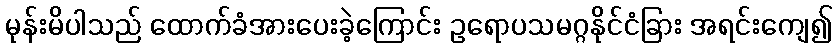
မုန်းမိပါသည် ထောက်ခံအားပေးခဲ့ကြောင်း ဥရောပသမဂ္ဂနိုင်ငံခြား အရင်းကျေ၍